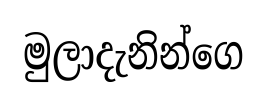
මුලාදැනින්ගෙ